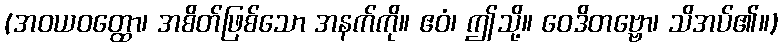
(အဝယဝတ္ထော၊ အစိတ်ဖြစ်သော အနက်ကို။ ဧဝံ၊ ဤသို့။ ဝေဒိတဗ္ဗော၊ သိအပ်၏။)